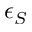
\epsilon _ { S }